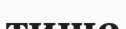
тише